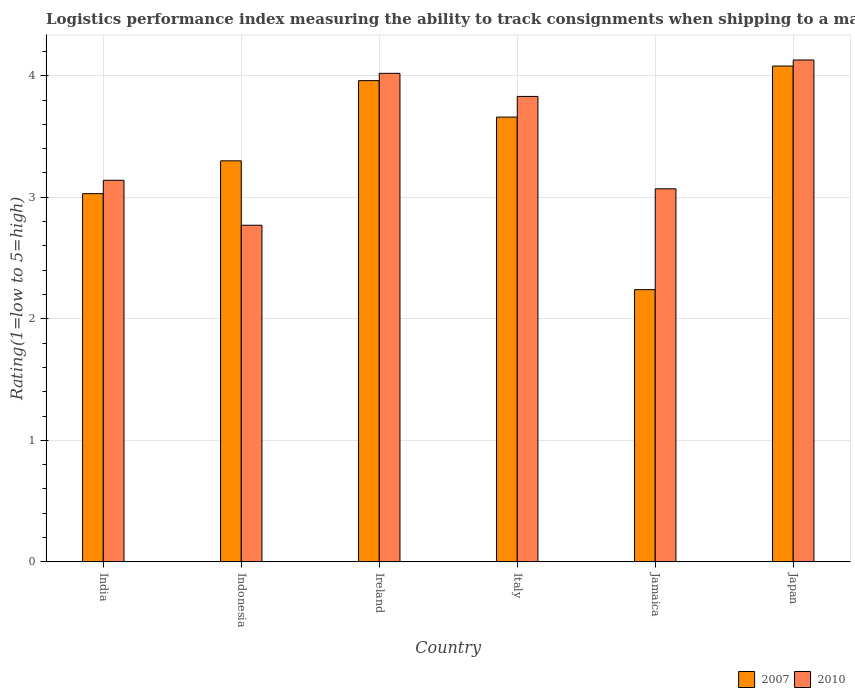
| Country | 2007 | 2010 |
 | --- | --- | --- |
 | India | 3.03 | 3.14 |
 | Indonesia | 3.3 | 2.77 |
 | Ireland | 3.96 | 4.02 |
 | Italy | 3.66 | 3.83 |
 | Jamaica | 2.24 | 3.07 |
 | Japan | 4.08 | 4.13 |